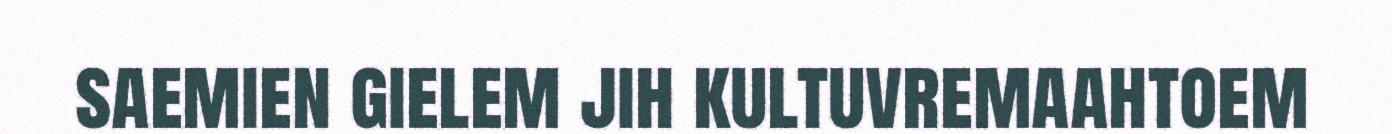
saemien gielem jih kultuvremaahtoem